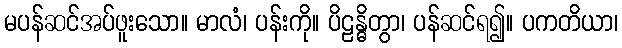
မပန်ဆင်အပ်ဖူးသော။ မာလံ၊ ပန်းကို။ ပိဠန္ဓိတွာ၊ ပန်ဆင်ရ၍။ ပကတိယာ၊